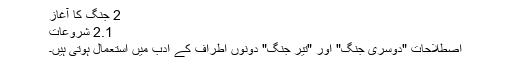
2 جنگ کا آغاز
2.1 شروعات
اصطلاحات "دوسری جنگ" اور "تیر جنگ" دونوں اطراف کے ادب میں استعمال ہوتی ہیں۔